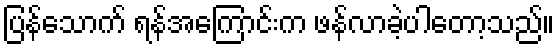
ပြန်သောက် ရန်အကြောင်းက ဖန်လာခဲ့ပါတော့သည်။